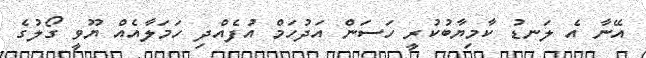
އޭނާ އެ ލަނޑު ކާމިޔާބުކުރީ ހަސަން އަދުހަމް އުފެއްދި ހަމަލާއެއް ޔޫވީ ގޯލުގެ